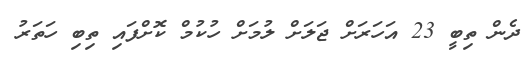
ދެން ތިބީ 23 އަހަރަށް ޖަލަށް ލުމަށް ހުކުމް ކޮށްފައި ތިބި ހަތަރު